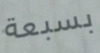
بسبعة